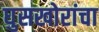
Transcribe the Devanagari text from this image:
घुसखोरांचा